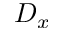
D _ { x }